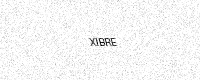
Text: XIBRE